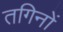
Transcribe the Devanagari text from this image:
तगिनों